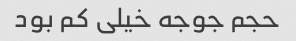
حجم جوجه خیلی کم بود